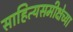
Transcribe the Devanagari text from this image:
साहित्यसमीक्षेच्या